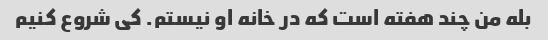
بله من چند هفته است که در خانه او نیستم. کی شروع کنیم